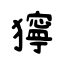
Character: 獰